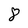
Character: 8